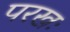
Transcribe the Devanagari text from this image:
परखः